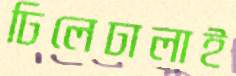
ঢিলেঢালাই